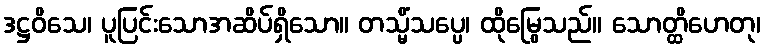
ဒဋ္ဌဝိသေ၊ ပူပြင်းသောအဆိပ်ရှိသော။ တသ္မိံသပ္ပေ၊ ထိုမြွေသည်။ သောတ္ထိဟေတု၊